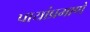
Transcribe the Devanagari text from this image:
पायांप्रमाणे